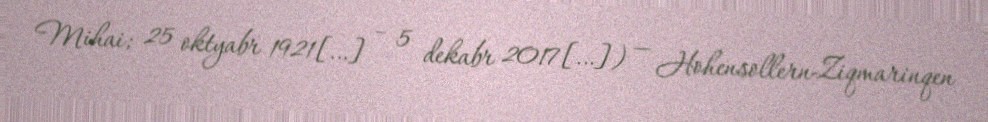
Mihai; 25 oktyabr 1921[…] – 5 dekabr 2017[…]) — Hohensollern-Ziqmarinqen